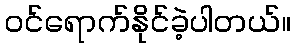
ဝင်ရောက်နိုင်ခဲ့ပါတယ်။